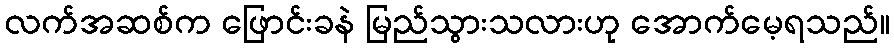
လက်အဆစ်က ဖြောင်းခနဲ မြည်သွားသလားဟု အောက်မေ့ရသည်။